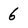
Character: 6